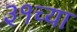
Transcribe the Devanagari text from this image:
३१च्या